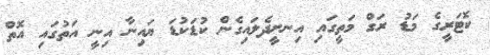
ކޮޓަރީގެ މަޑު ރަގް މަތީގައި އިނށީދެލައިގެން ކުޑަކުޑަ ޔައިނާ އިނީ އަތުގައި އޮތް